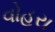
વોહરા